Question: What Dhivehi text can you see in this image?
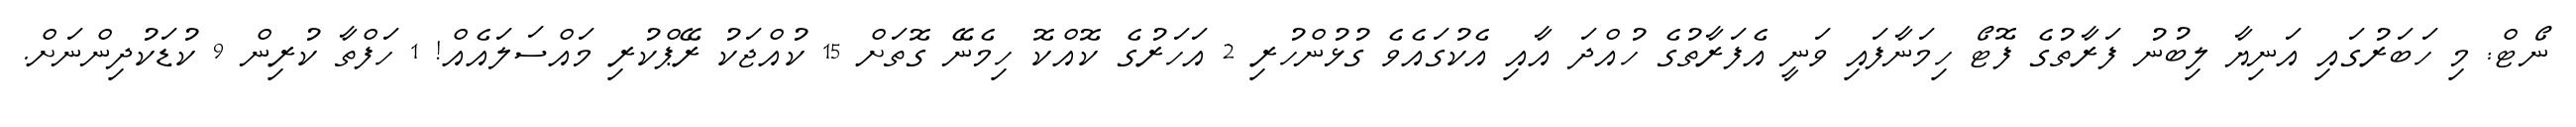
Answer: ނޯޓް: މި ހަބަރުގައި އަނިޔާ ލިބުނު ފަރާތުގެ ފޮޓޯ ހިމަނާފައި ވަނީ އެފަރާތުގެ ހުއްދަ އާއި އެކުގައެވެ ގުޅުންހުރި 2 އަހަރުގެ ކޮއްކޮ ހިމެނޭ ގޮތަށް 15 ކުއްޖަކު ރޭޕްކުރި މައްސަލައެއް! 1 ހަފްތާ ކުރިން 9 ކުޑަކުދިންނަށް.